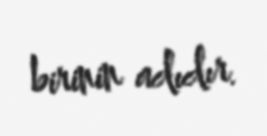
birinin adıdır.